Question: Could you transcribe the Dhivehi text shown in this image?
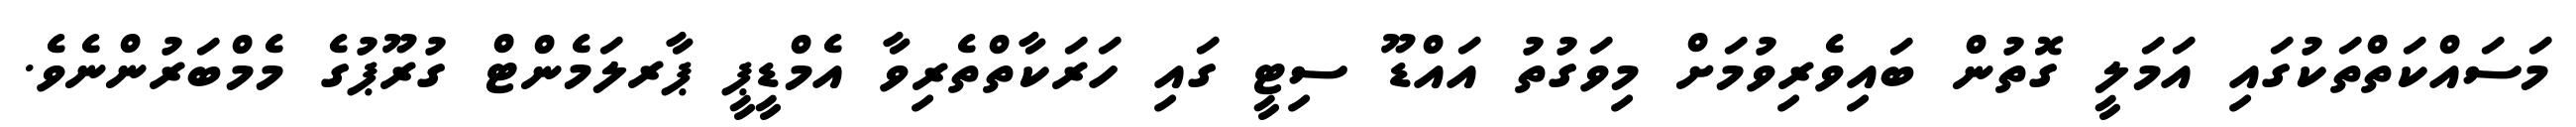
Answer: މަސައްކަތްތަކުގައި އަމަލީ ގޮތުން ބައިވެރިވުމަށް މިވަގުތު އައްޑޫ ސިޓީ ގައި ހަރަކާތްތެރިވާ އެމްޑީޕީ ޕާރލަމެންޓް ގުރޫޕުގެ މެމްބަރުންނެވެ.